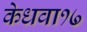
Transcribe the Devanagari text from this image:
केधवा१७